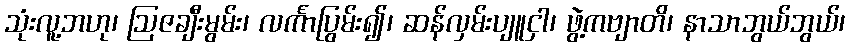
သုံးလူ့ဘဟု၊ ဩဇချီးမွမ်း၊ လင်္ကာပြွမ်း၍၊ ဆန်လှမ်းပျူငှါ၊ ဖွဲ့ကဗျာတိ၊ နာသာဘွယ်ဘွယ်၊